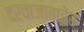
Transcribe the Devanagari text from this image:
दरवाजाबाहेर